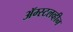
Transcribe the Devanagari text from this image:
ॲम्स्टलव्हीन